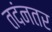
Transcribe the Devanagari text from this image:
तदंनतर